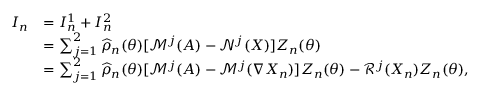
\begin{array} { r l } { I _ { n } } & { = I _ { n } ^ { 1 } + I _ { n } ^ { 2 } } \\ & { = \sum _ { j = 1 } ^ { 2 } \widehat { \rho } _ { n } ( { \boldsymbol { \theta } } ) [ \mathcal { M } ^ { j } ( A ) - \mathcal { N } ^ { j } ( \boldsymbol { X } ) ] Z _ { n } ( { \boldsymbol { \theta } } ) } \\ & { = \sum _ { j = 1 } ^ { 2 } \widehat { \rho } _ { n } ( { \boldsymbol { \theta } } ) [ \mathcal { M } ^ { j } ( A ) - \mathcal { M } ^ { j } ( \nabla \boldsymbol { X } _ { n } ) ] Z _ { n } ( { \boldsymbol { \theta } } ) - \mathcal { R } ^ { j } ( \boldsymbol { X } _ { n } ) Z _ { n } ( { \boldsymbol { \theta } } ) , } \end{array}